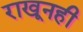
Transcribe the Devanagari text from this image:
राखूनही